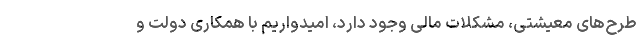
طرح‌های معیشتی، مشکلات مالی وجود دارد، امیدواریم با همکاری دولت و